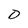
Character: D